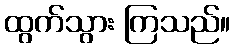
ထွက်သွား ကြသည်။